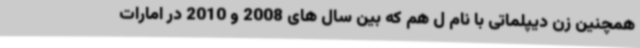
همچنین زن دیپلماتی با نام ل هم که بین سال های 2008 و 2010 در امارات